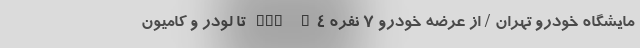
مایشگاه خودرو تهران / از عرضه خودرو 7 نفره FMC M4 تا لودر و کامیون